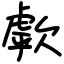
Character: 歑